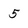
Character: 5